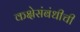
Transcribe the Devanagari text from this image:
कक्षेसंबंधीची